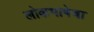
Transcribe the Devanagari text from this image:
लोकभाषेचा